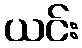
ယင်း